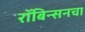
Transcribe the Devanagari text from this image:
रॉबिन्सनचा